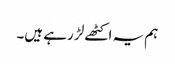
ہم یہ اکٹھے لڑ رہے ہیں۔